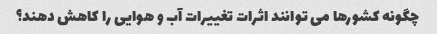
چگونه کشورها می توانند اثرات تغییرات آب و هوایی را کاهش دهند؟